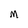
Character: M